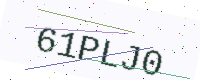
Text: 61PLJ0